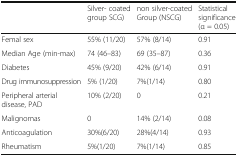
<table><thead><tr><td></td><td><b>Silver- coated group SCG)</b></td><td><b>non silver-coated Group (NSCG)</b></td><td><b>Statistical significance (α = 0.05)</b></td></tr></thead><tbody><tr><td>Femal sex</td><td>55% (11/20)</td><td>57% (8/14)</td><td>0.91</td></tr><tr><td>Median Age (min-max)</td><td>74 (46–83)</td><td>69 (35–87)</td><td>0.36</td></tr><tr><td>Diabetes</td><td>45% (9/20)</td><td>42% (6/14)</td><td>0.91</td></tr><tr><td>Drug immunosuppression</td><td>5% (1/20)</td><td>7%(1/14)</td><td>0.80</td></tr><tr><td>Peripheral arterial disease, PAD</td><td>10% (2/20)</td><td>0</td><td>0.21</td></tr><tr><td>Malignomas</td><td>0</td><td>14% (2/14)</td><td>0.08</td></tr><tr><td>Anticoagulation</td><td>30%(6/20)</td><td>28%(4/14)</td><td>0.93</td></tr><tr><td>Rheumatism</td><td>5%(1/20)</td><td>7%(1/14)</td><td>0.85</td></tr></tbody></table>